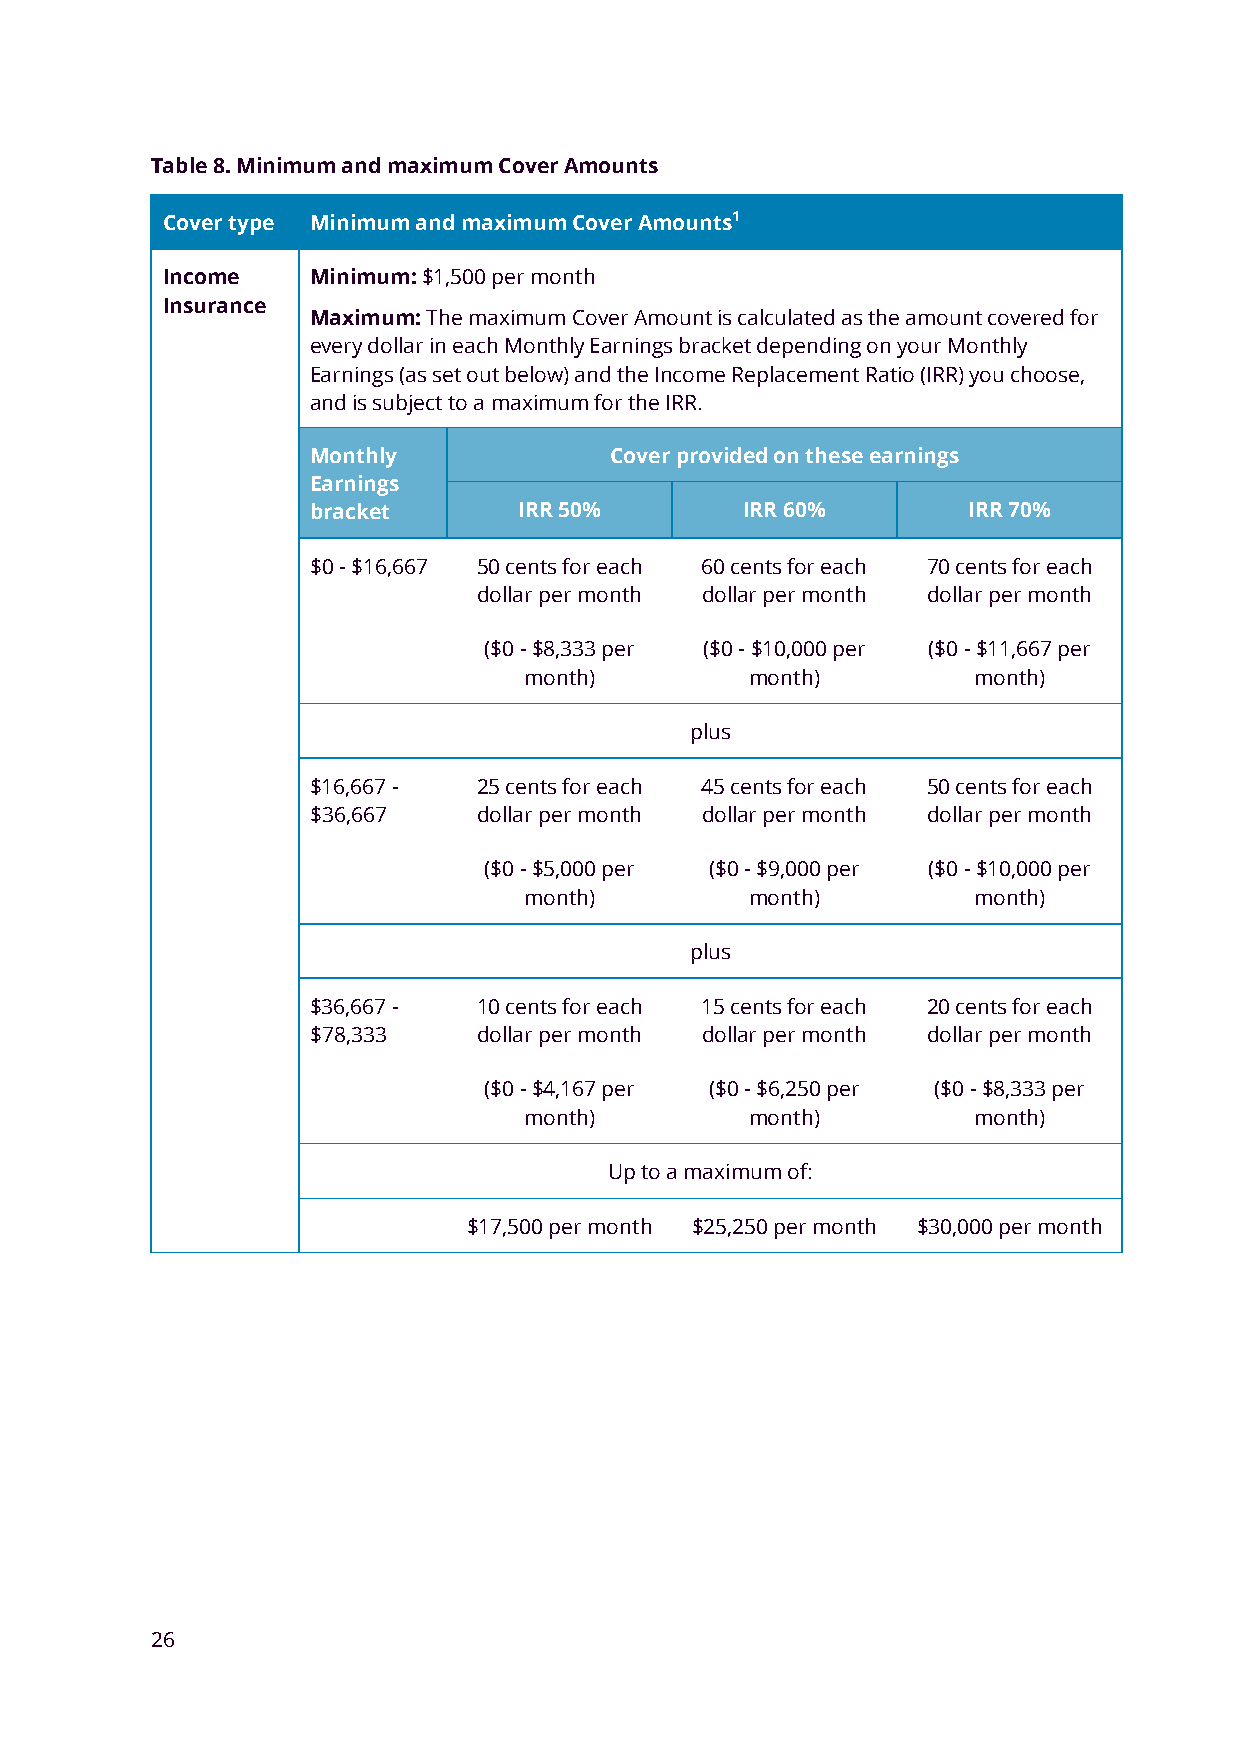
Table 8. Minimum and maximum Cover Amounts
 Cover type Minimum and maximum Cover Amounts1
 Income   Minimum: $1,500 per month
 Insurance
 Maximum: The maximum Cover Amount is calculated as the amount covered for
 every dollar in each Monthly Earnings bracket depending on your Monthly
 Earnings (as set out below) and the Income Replacement Ratio (IRR) you choose,
 and is subject to a maximum for the IRR.
 Monthly             Cover provided on these earnings
 Earnings
 bracket       IRR 50%        IRR 60%        IRR 70%
 $0 - $16,667 50 cents for each 60 cents for each 70 cents for each
 dollar per month dollar per month dollar per month
 ($0 - $8,333 per ($0 - $10,000 per ($0 - $11,667 per
 month)         month)        month)
 plus
 $16,667 -   25 cents for each 45 cents for each 50 cents for each
 $36,667     dollar per month dollar per month dollar per month
 ($0 - $5,000 per ($0 - $9,000 per ($0 - $10,000 per
 month)         month)        month)
 plus
 $36,667 -   10 cents for each 15 cents for each 20 cents for each
 $78,333     dollar per month dollar per month dollar per month
 ($0 - $4,167 per ($0 - $6,250 per ($0 - $8,333 per
 month)         month)        month)
 Up to a maximum of:
 $17,500 per month $25,250 per month $30,000 per month
 26